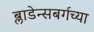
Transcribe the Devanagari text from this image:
ब्लाडेन्सबर्गच्या